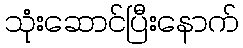
သုံးဆောင်ပြီးနောက်